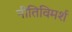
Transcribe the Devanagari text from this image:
नीतिविमर्श